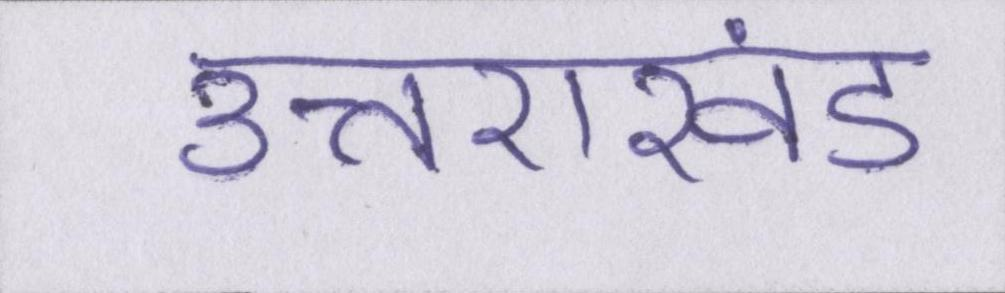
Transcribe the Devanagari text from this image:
उत्तराखंड